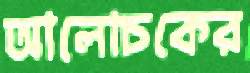
আলোচকের